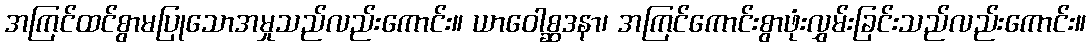
အကြင်ထင်စွာမပြုသောအမှုသည်လည်းကောင်း။ ယာဝေါစ္ဆဒနာ၊ အကြင်ကောင်းစွာဖုံးလွှမ်းခြင်းသည်လည်းကောင်း။